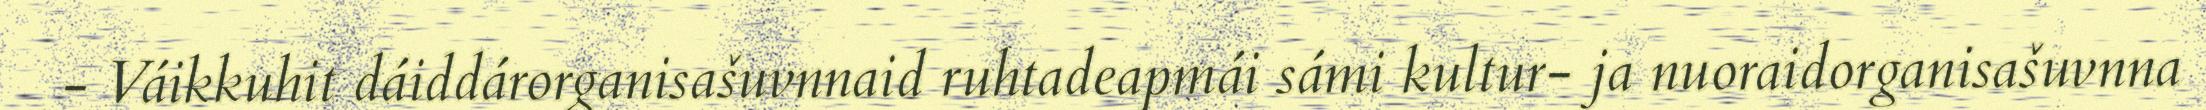
- Váikkuhit dáiddárorganisašuvnnaid ruhtadeapmái sámi kultur- ja nuoraidorganisašuvnna